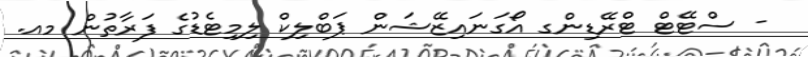
- ސްޓޭޓް ޓްރޭޑިންގ އޯގަނައިޒޭޝަން ޕަބްލިކް ލިމިޓެޑުގެ ފަރާތުން މއ.